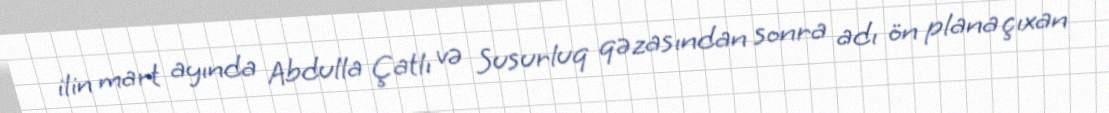
ilin mart ayında Abdulla Çatlı və Susurluq qəzasından sonra adı ön plana çıxan